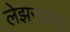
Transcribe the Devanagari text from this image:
लेझरद्वारा